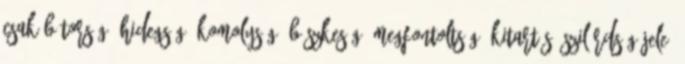
csak bátorság, hidegség, komolyság, büszkeség, megfontoltság, kitartás, szilárdság jele,